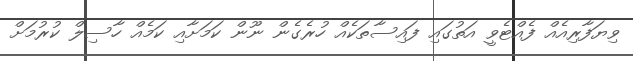
ވިޔަފާރިއެއް ފެއްޓެވީ އަތުގައި ފައިސާތަކެއް ހުރެގެން ނޫން ކަމަށާއި ކަމެއް ހާސިލް ކުރުމަށް